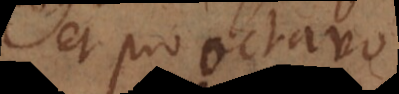
et pro octavo